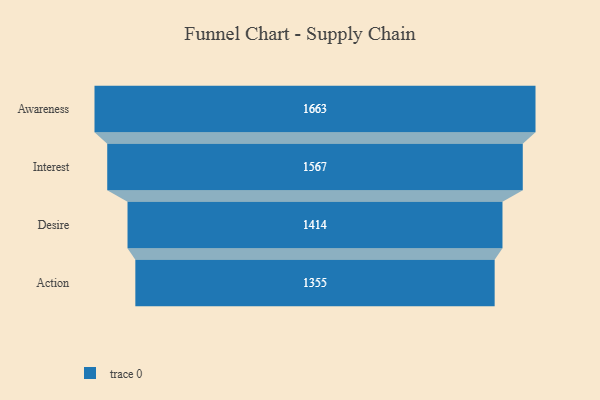
{"axis": {"x": "Stage", "y": "Value"}, "legend": [""], "data": [{"x": "Awareness", "y": 1663.0, "type": ""}, {"x": "Interest", "y": 1567.0, "type": ""}, {"x": "Desire", "y": 1414.0, "type": ""}, {"x": "Action", "y": 1355.0, "type": ""}]}